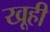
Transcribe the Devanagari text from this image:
खूही